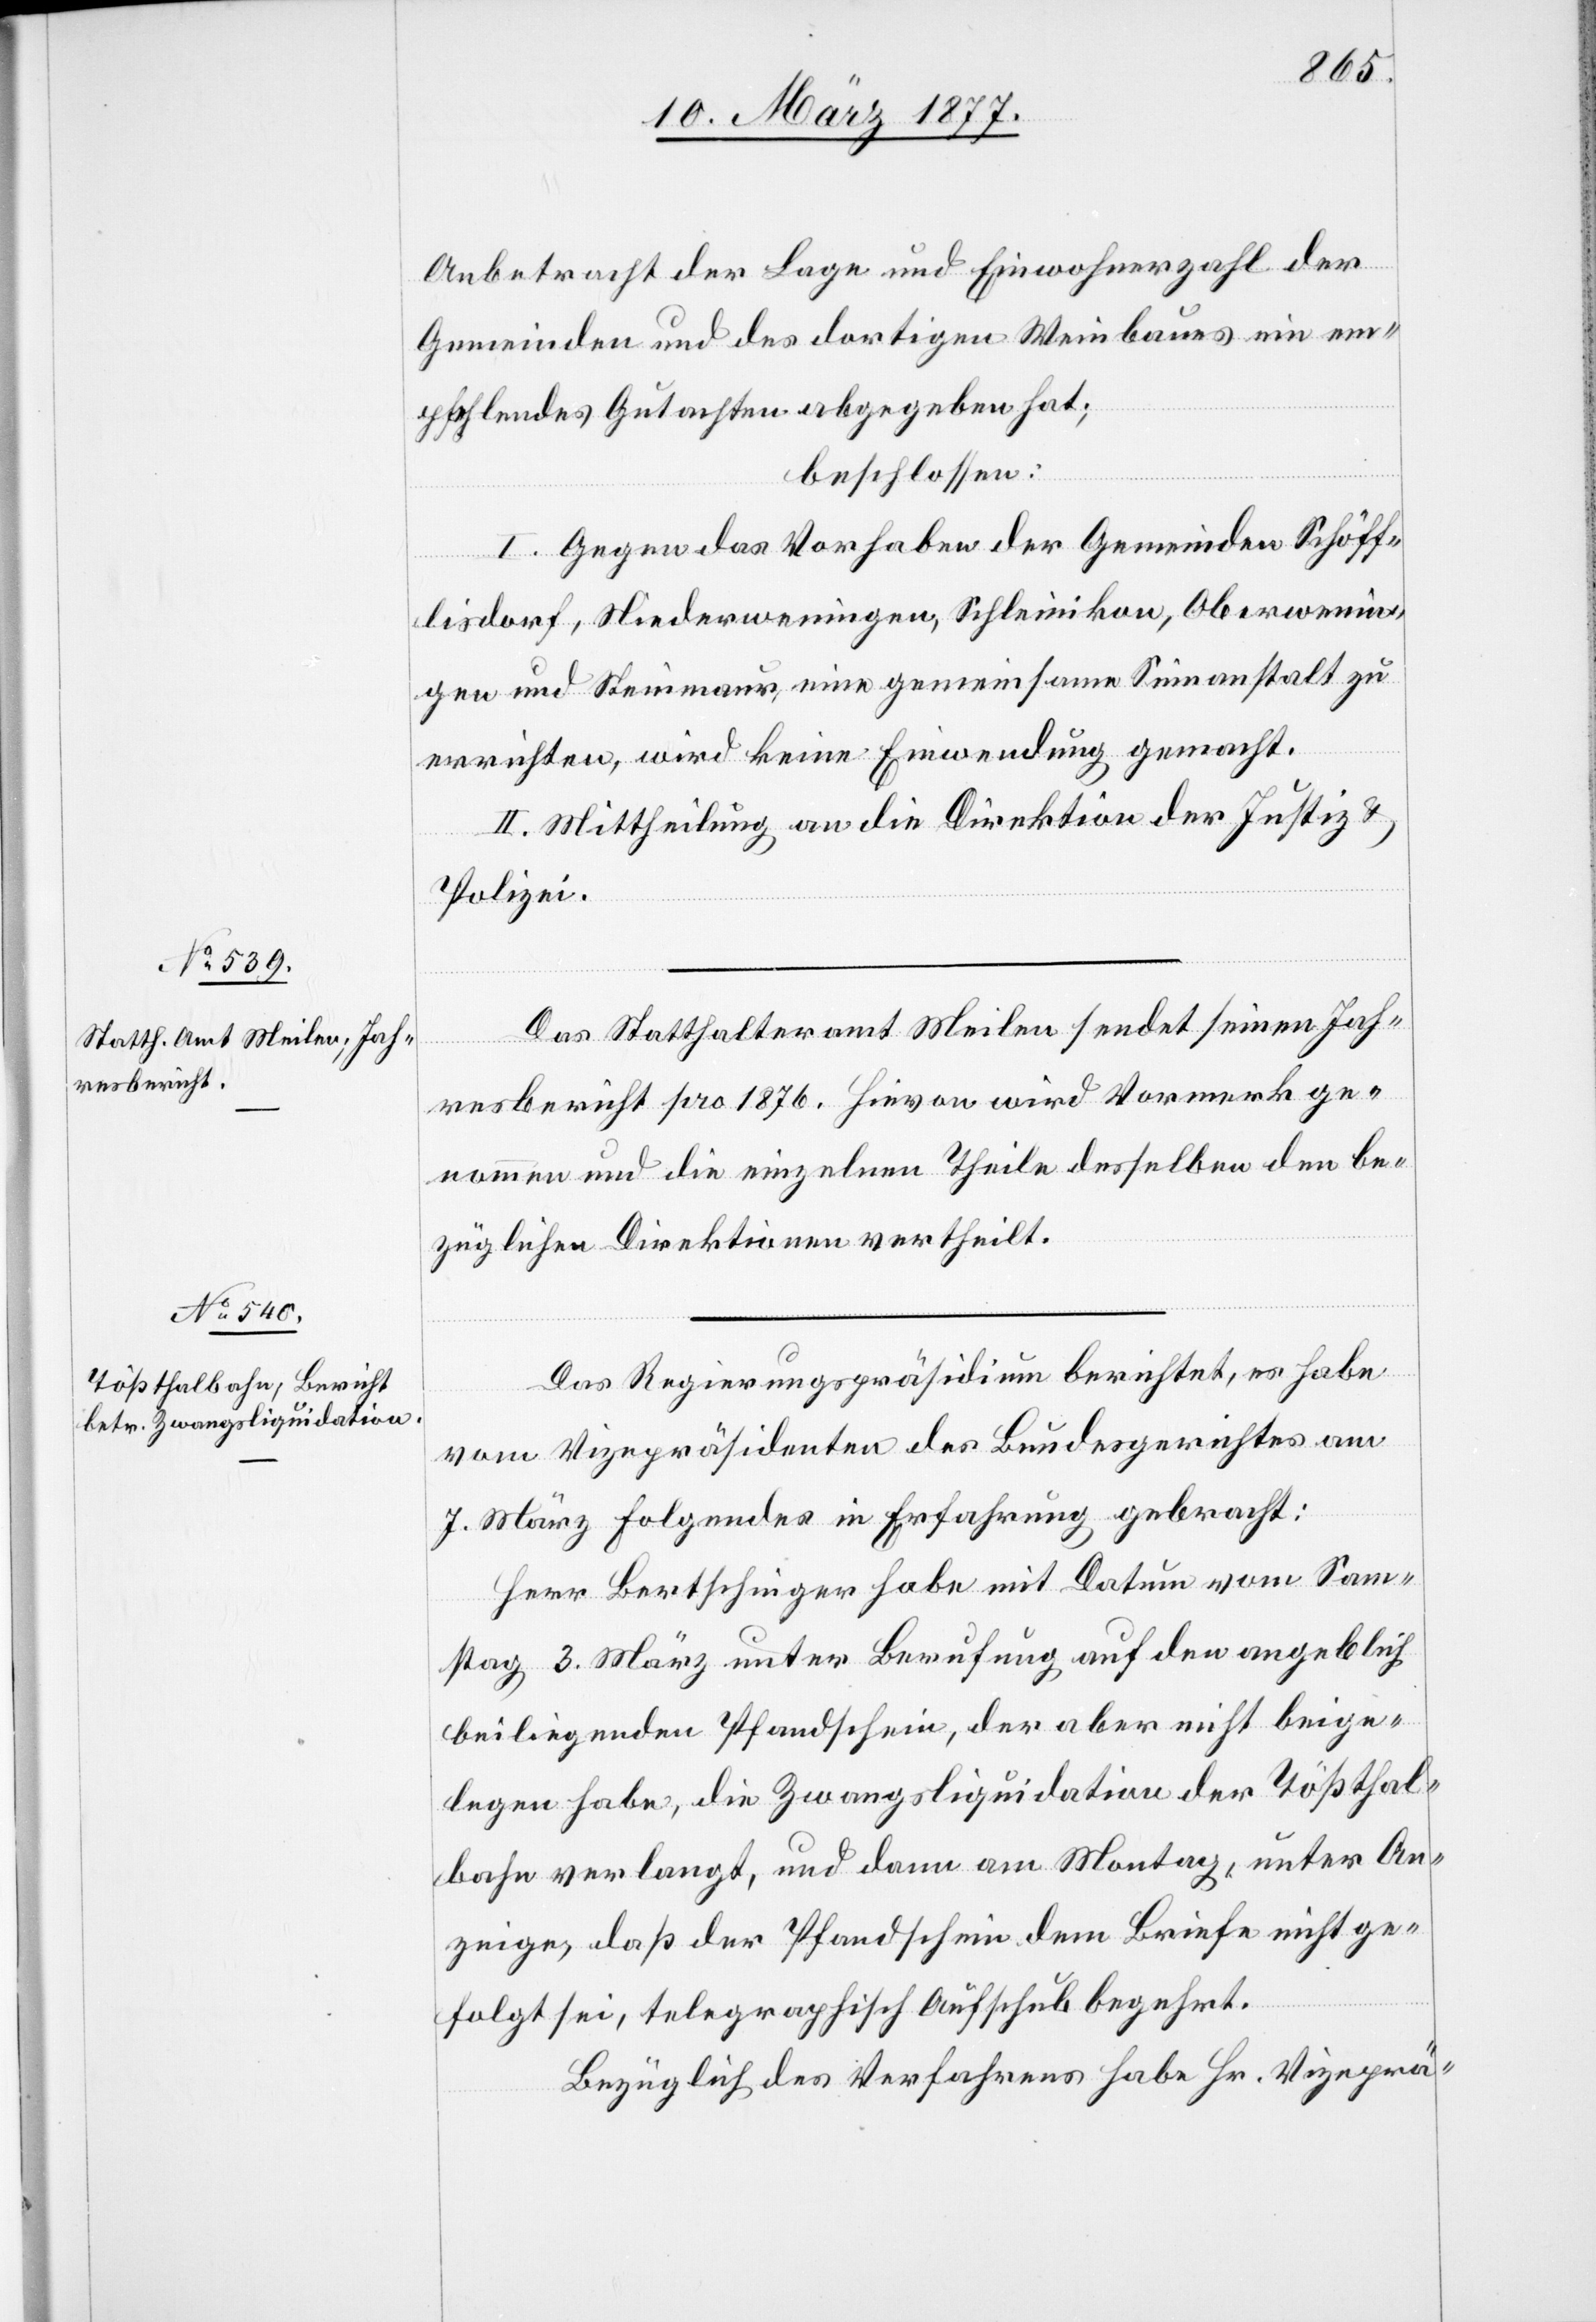
Anbetracht der Lage und Einwohnerzahl der
Gemeinden und des dortigen Weinbaues ein em¬
pfehlendes Gutachten abgegeben hat;
beschlossen:
I. Gegen das Vorhaben der Gemeinden Schöff¬
lisdorf, Niederweningen, Schleinikon, Oberwenin¬
gen und Steinmaur, eine gemeinsame Sinnanstalt zu
errichten, wird keine Einwendung gemacht.
II. Mittheilung an die Direktion der Justiz &
Polizei.
Das Statthalteramt Meilen sendet seinen Jah¬
resbericht pro 1876. Hievon wird Vormerk ge¬
nommen und die einzelnen Theile desselben den be¬
züglichen Direktionen vertheilt.
Das Regierungspräsidium berichtet, es habe
vom Vizepräsidenten des Bundesgerichtes am
7. März Folgendes in Erfahrung gebracht:
Herr Bertschinger habe mit Datum vom Sam¬
stag 3. März unter Berufung auf den angeblich
beiliegenden Pfandschein, der aber nicht beige¬
legen habe, die Zwangsliquidation der Tößthal¬
bahn verlangt, und dann am Montag, unter An¬
zeige, daß der Pfandschein dem Briefe nicht ge¬
folgt sei, telegraphisch Aufschub begehrt.
Bezüglich des Verfahrens habe Hr. Vizeprä-